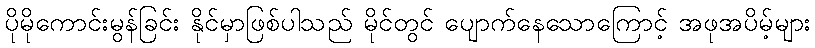
ပိုမိုကောင်းမွန်ခြင်း နိုင်မှာဖြစ်ပါသည် မိုင်တွင် ပျောက်နေသောကြောင့် အဖုအပိမ့်များ